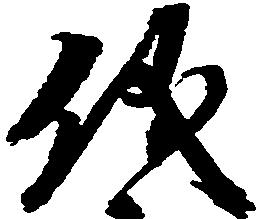
儀